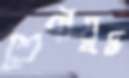
শ্রেণীযুদ্ধ